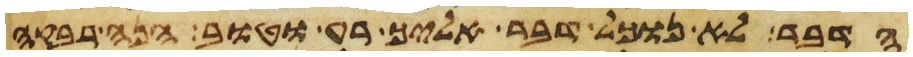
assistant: הדבר לא נוכל דבר אליך רע וטוב הנה רבקה